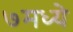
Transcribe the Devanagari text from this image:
७मध्ये